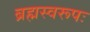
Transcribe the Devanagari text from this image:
ब्रह्मस्वरूपः